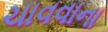
ચાવવાના